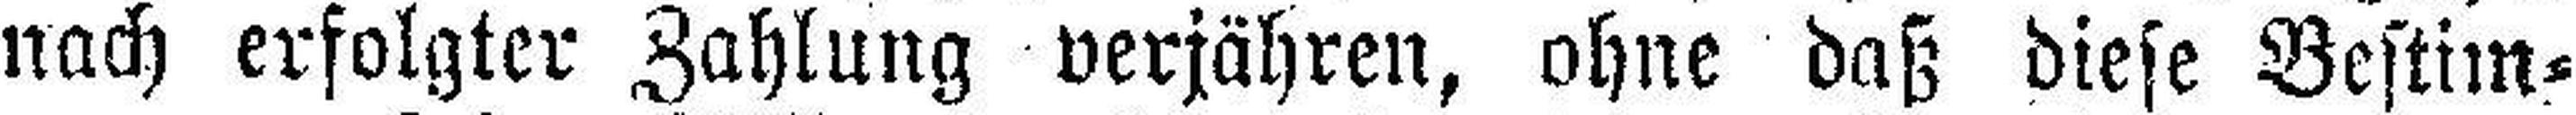
nach erfolgter Zahlung verjähren, ohne daß diese Bestim¬